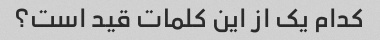
کدام یک از این کلمات قید است؟